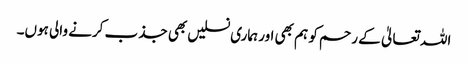
اللہ تعالیٰ کے رحم کو ہم بھی اور ہماری نسلیں بھی جذب کرنے والی ہوں۔